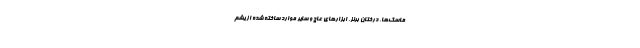
ماسک‌ها، درختان برنز، ابزار‌های عاج و سایر موارد ساخته شده از یشم